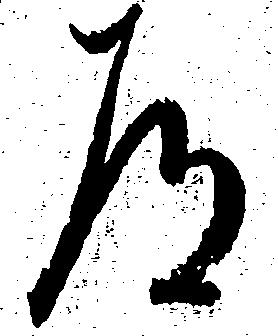
道